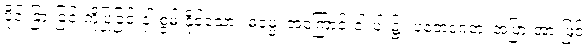
ပိုင်းခြားခြင်းကိုပြုခြင်းငှါ စွမ်းနိုင်သော။ ဓမ္မေ၊ အကြောင်းငါးပါး၌။ ပဘေဒဂတံ၊ အပြားအားဖြင့်